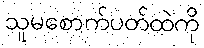
သူမစောက်ပတ်ထဲကို